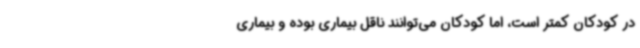
در کودکان کمتر است، اما کودکان می‌توانند ناقل بیماری بوده و بیماری